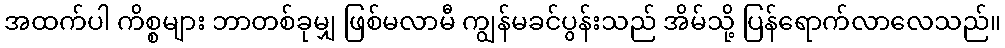
အထက်ပါ ကိစ္စများ ဘာတစ်ခုမျှ ဖြစ်မလာမီ ကျွန်မခင်ပွန်းသည် အိမ်သို့ ပြန်ရောက်လာလေသည်။